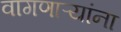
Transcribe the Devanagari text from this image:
वागणाऱ्यांना